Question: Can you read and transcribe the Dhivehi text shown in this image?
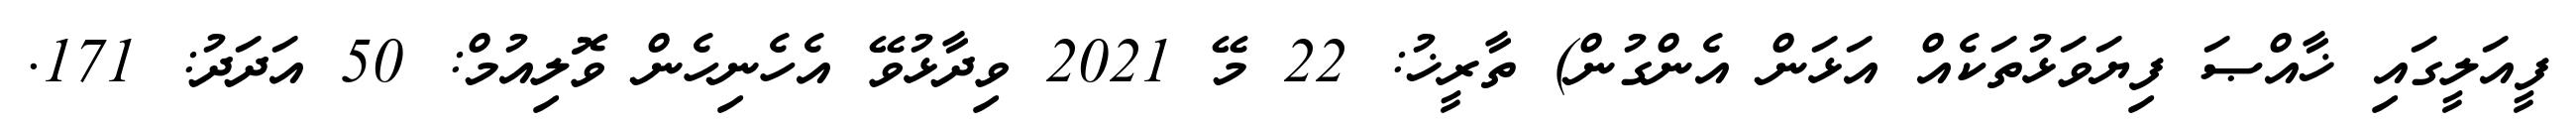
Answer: ފީއަލީގައި ޚާއްޞަ ފިޔަވަޅުތަކެއް އަޅަން އެންގުން) ތާރީޚު: 22 މޭ 2021 ވިދާޅުވޭ އެހެނިހެން ވޮލިއުމް: 50 އަދަދު: 171.